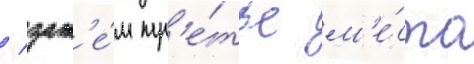
/ зат'е́м тр'е́тье м'е́сто